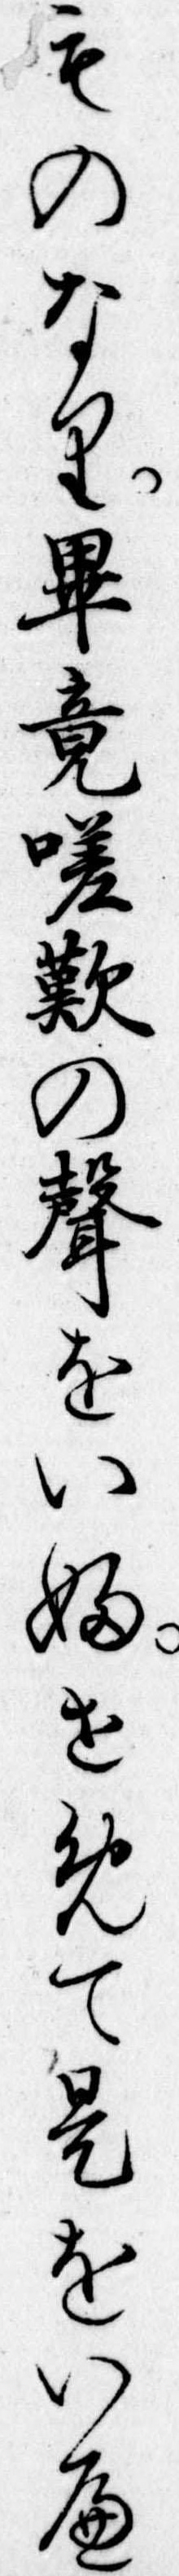
ものなり畢竟嗟歎の声をいふせめて是をいへ